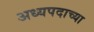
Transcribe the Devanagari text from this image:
अध्यपदाच्या